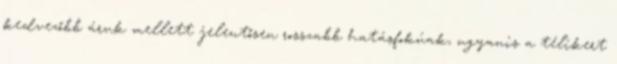
kedvezőbb áruk mellett jelentősen rosszabb hatásfokúak, ugyanis a télikert